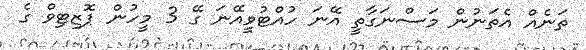
ތަނެއް އެތަނުން މަސްނަގާތީ އޭނަ ހުއްޓުވީއޭނަ ގޭ 3 މީހުން ޕޮޒިޓިވް ގެ